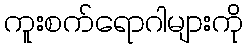
ကူးစက်ရောဂါများကို